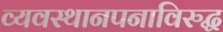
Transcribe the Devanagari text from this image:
व्यवस्थानपनाविरुद्ध